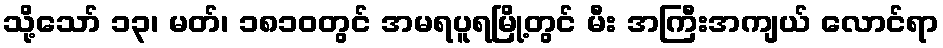
သို့သော် ၁၃၊ မတ်၊ ၁၈၁၀တွင် အမရပူရမြို့တွင် မီး အကြီးအကျယ် လောင်ရာ